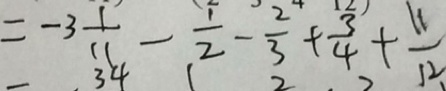
= - 3 \frac { 1 } { 1 1 } - \frac { 1 } { 2 } - \frac { 2 } { 3 } + \frac { 3 } { 4 } + \frac { 1 1 } { 1 2 }